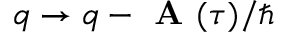
q \rightarrow q - \textbf { A } ( \tau ) / \hbar